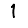
Digit: 1